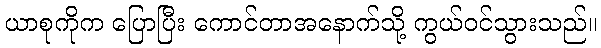
ယာစုကိုက ပြောပြီး ကောင်တာအနောက်သို့ ကွယ်ဝင်သွားသည်။